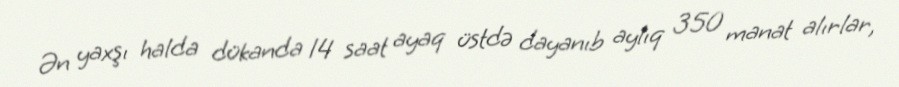
Ən yaxşı halda dükanda 14 saat ayaq üstdə dayanıb aylıq 350 manat alırlar,